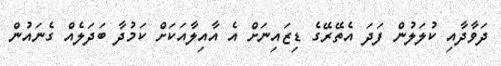
ދަވާދާއި ކުލަލުން ފަދަ އެތޭރޭގެ ޑިޒައިނަށް އެ އާއިލާއަކަށް ކަމުދާ ބަދަލެއް ގެނައުން